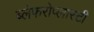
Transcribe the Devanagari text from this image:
ब्लेफरोप्लास्टी